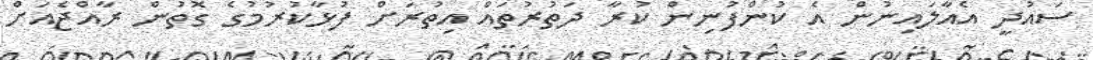
ސައުދީ އެއާލައިނުން އެ ކުންފުނިން ކުރާ ދަތުރުތައް އިތުރަށް ފުޅާކުރުމުގެ ގޮތުން ރާއްޖެއަށް